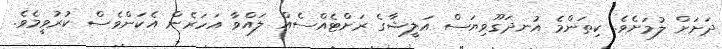
ދަށަށް ލުމަށެވެ. ކިތަންމެ އުނދަގޫވިޔަސް އަލީޝާގެ ރަށްޓެއްސެއް ލައްވާ އަހަރެން އެކަންވެސް ކުރުވީމެވެ.